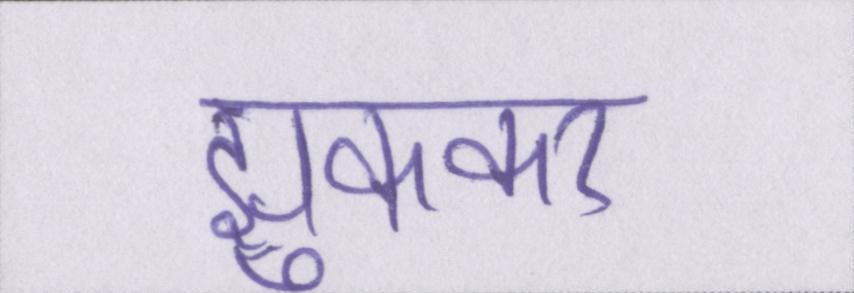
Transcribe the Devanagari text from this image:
झुककर